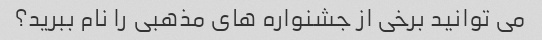
می توانید برخی از جشنواره های مذهبی را نام ببرید؟